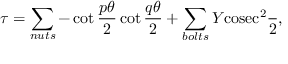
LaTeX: \tau = \sum _ { n u t s } - \cot \frac { p \theta } { 2 } \cot \frac { q \theta } { 2 } + \sum _ { b o l t s } \cal { Y } \mathrm { c o s e c } ^ { 2 } \frac { \theta } { 2 } ,